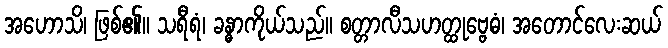
အဟောသိ၊ ဖြစ်၏။ သရီရံ၊ ခန္ဓာကိုယ်သည်။ စတ္တာလီသဟတ္ထုဗ္ဗေဓံ၊ အတောင်လေးဆယ်